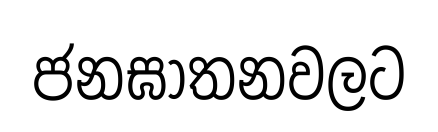
ජනඝාතනවලට